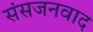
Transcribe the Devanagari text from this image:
संसजनवाद